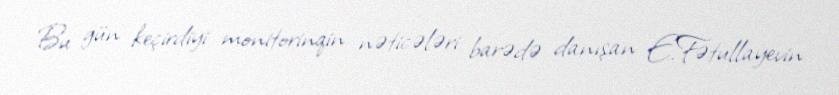
Bu gün keçirdiyi monitorinqin nəticələri barədə danışan E.Fətullayevin